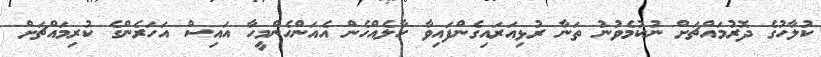
ކުލާހުގެ ދޮރުމައްޗަށް ނުކުމެވުނު ތަނާ ރުޅިއަރައިގެންފައިވާ ހާލެއްހެން އެއަންހެންމީހާ އައިސް އަހަރެންގެ ކުރިމައްޗަށް